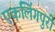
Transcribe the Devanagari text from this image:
एकलिंगपुरी